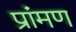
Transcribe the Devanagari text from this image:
प्रांमण